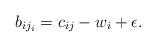
LaTeX: \begin{align*} b_{ij_i} = c_{ij} - w_i + \epsilon.\end{align*}